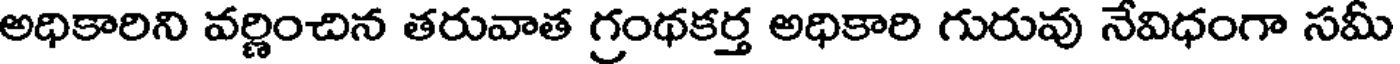
అధికారిని వర్ణించిన తరువాత గ్రంథకర్త అధికారి గురువు నేవిధంగా సమీ